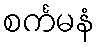
စင်္ကမနံ